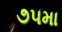
૭૫મા